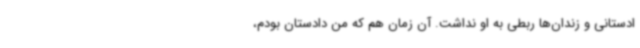
ادستانی و زندان‌ها ربطی به او نداشت. آن زمان هم که من دادستان بودم،